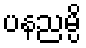
ပနညမ္ပိ